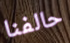
حالفنا